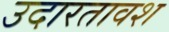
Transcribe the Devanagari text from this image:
उदारतावश